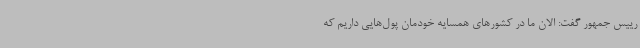
رییس جمهور گفت: الان ما در کشورهای همسایه خودمان پول‌هایی داریم که